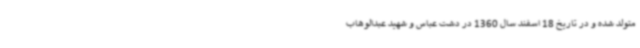
متولد شده و در تاریخ 18 اسفند سال 1360 در دشت عباس و شهید عبدالوهاب